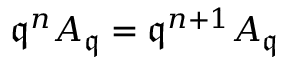
{ \mathfrak { q } } ^ { n } A _ { \mathfrak { q } } = { \mathfrak { q } } ^ { n + 1 } A _ { \mathfrak { q } }